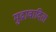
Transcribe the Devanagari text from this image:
मुद्रावादिता